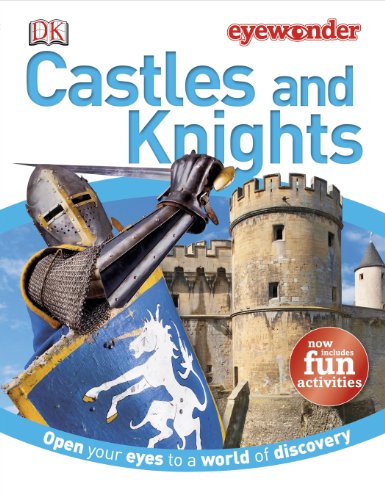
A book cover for Eye Wonder: Castles and Knights; DK Publishing; Children's Books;